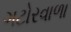
ગટોરવાળા